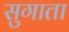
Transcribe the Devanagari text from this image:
सुगाता